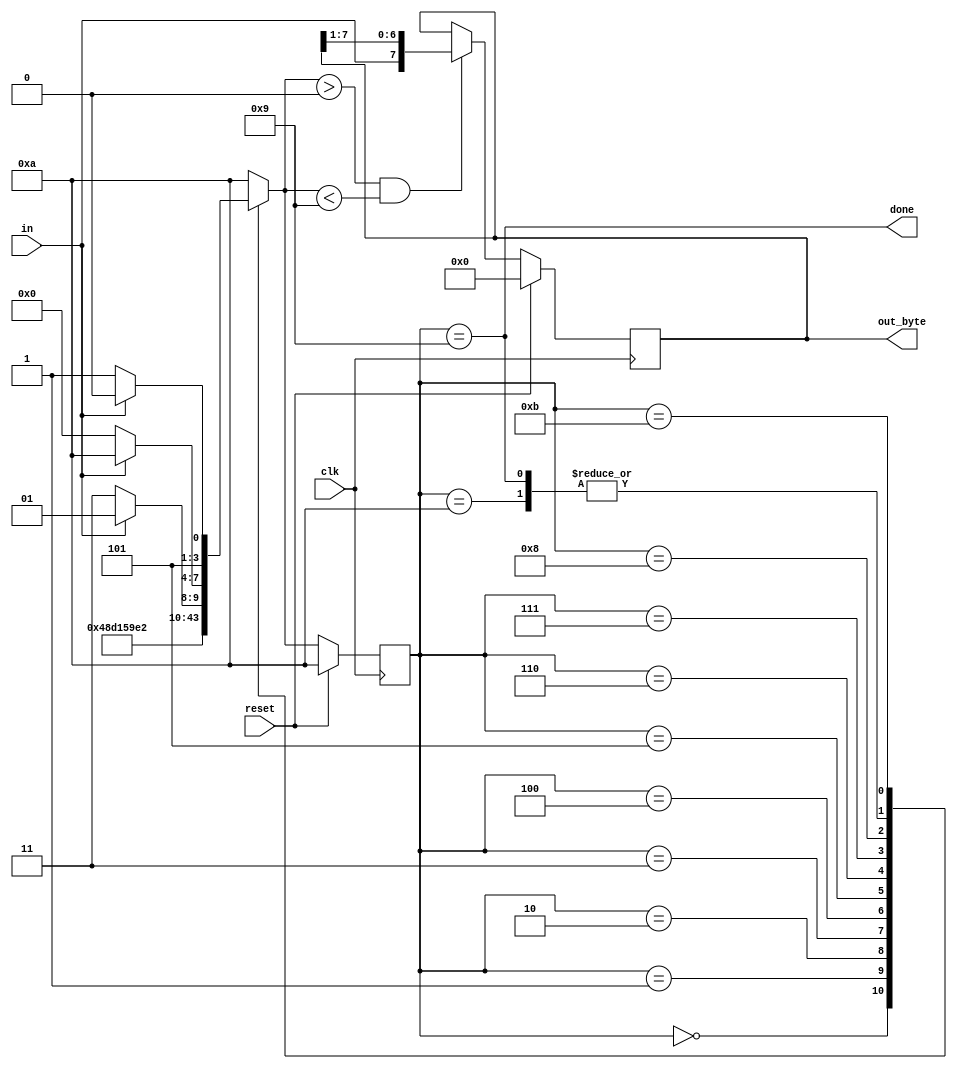
module top_module(
    input clk,
    input in,
	output [7:0] out_byte,
    input reset,    // Synchronous reset
    output done
); 

	parameter A=0,B=1,C=2,D=3,E=4,F=5,G=6,H=7,I=8,J=9,K=10,L=11;
	reg[3:0] state,next_state;
	reg[7:0] store;
	always @(*) begin
		case(state)
			A: begin
				// Case A or start
				next_state<=B;
			end
			B: begin
				// Case 1
				next_state<=C;
			end
			C: begin
				// Case 2
				next_state<=D;
			end
			D: begin
				// Case 3
				next_state<=E;
			end
			E: begin
				// Case 4
				next_state<=F;
			end
			F: begin
				// Case 5
				next_state<=G;
			end
			G: begin
				// Case 6
				next_state<=H;
			end
			H: begin
				// Case 7
				next_state<=I;
			end
			I: begin
				// Case 8
				next_state<=(in)?J:L;
			end
			J: begin
				// Case J or end
				next_state<=(~in)?A:K;
			end
			K: begin
				// Idle case
				next_state<=(~in)?A:K;
			end
			L: begin
				//error
				next_state<=(in)?K:L;
			end
			default:
				next_state<=K;
		endcase
	end

	always @(posedge clk) begin
		if(reset)
			state<=K;
		else
			state<=next_state;
	end
	assign done = (state==J);
	
	always @(posedge clk) begin
		if(reset)
			store<=8'd0;
		else if(next_state>A && next_state<J)
			//Note that the serial protocol sends the least significant bit first. 
			//store<={store[6:0],in};
			store<={in,store[7:1]};
	end
	assign out_byte=store;



endmodule